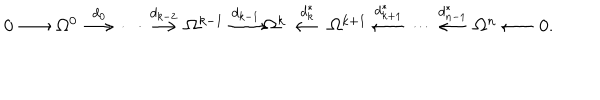
LaTeX: \begin{array} { c c c c c c c c c c c c c c c c c c c c c c } { { 0 \! \! \! } } & { { \! \stackrel { } { \longrightarrow } \! \! \! } } & { { \! \Omega ^ { 0 } \! \! \! } } & { { \! \stackrel { d _ { 0 } } { \longrightarrow } \! \! \! } } & { { \! \cdots \! \! \! } } & { { \! \stackrel { d _ { k - 2 } } { \longrightarrow } \! \! \! } } & { { \! \Omega ^ { k - 1 } \! \! \! } } & { { \! \stackrel { d _ { k - 1 } } { \longrightarrow } \! \! \! } } & { { \! \! \Omega ^ { k } \! \! \! } } & { { \! \stackrel { d _ { k } ^ { * } } { \longleftarrow } \! \! \! } } & { { \! \Omega ^ { k + 1 } \! \! \! } } & { { \! \stackrel { d _ { k + 1 } ^ { * } } { \longleftarrow } \! \! \! } } & { { \! \cdots \! \! \! } } & { { \! \stackrel { d _ { n - 1 } ^ { * } } { \longleftarrow } \! \! \! } } & { { \! \Omega ^ { n } \! \! \! } } & { { \! \stackrel { } { \longleftarrow } \! \! \! } } & { { \! 0 . } } \\ \end{array}